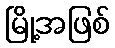
မြို့အဖြစ်